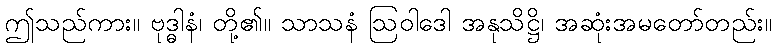
ဤသည်ကား။ ဗုဒ္ဓါနံ၊ တို့၏။ သာသနံ ဩဝါဒေါ အနုသိဋ္ဌိ၊ အဆုံးအမတော်တည်း။